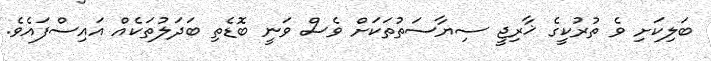
ބަލިކަށި ވެ ތުރުކީގެ ޚާރިޖީ ސިޔާސަތުތަކަށް ވެސް ވަނީ ބޮޑެތި ބަދަލުތަކެއް އައިސްފައެވެ.